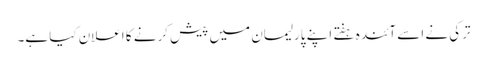
ترکی نے اسے آئندہ ہفتے اپنے پارلیمان میں پیش کرنے کا اعلان کیا ہے۔